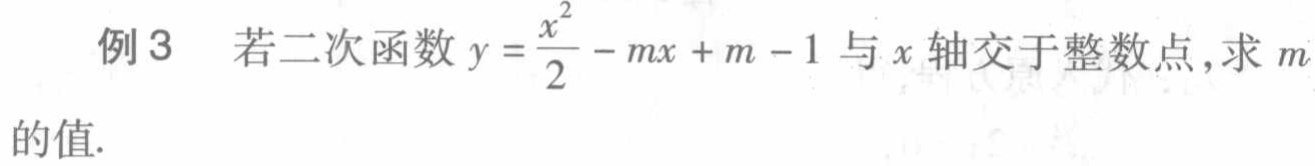
例3 若二次函数\(y = \frac{x^{2}}{2}-mx + m - 1\)与\(x\)轴交于整数点，求\(m\)的值.